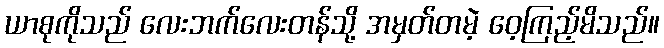
ယာစုကိုသည် လေးဘက်လေးတန်သို့ အမှတ်တမဲ့ ဝေ့ကြည့်မိသည်။